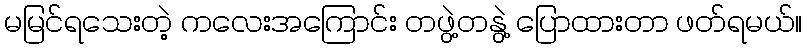
မမြင်ရသေးတဲ့ ကလေးအကြောင်း တဖွဲ့တနွဲ့ ပြောထားတာ ဖတ်ရမယ်။